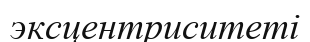
эксцентриситеті